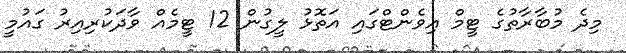
މިދެ މުބާރާތުގެ ޓީމް އިވެންޓްގައި އަތޮޅު ލީގުން 12 ޓީމެއް ވާދަކުރިއިރު ގައުމީ